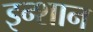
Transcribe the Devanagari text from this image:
इन्शान